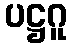
ပဋ္ဌဂူ